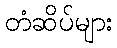
တံဆိပ်များ